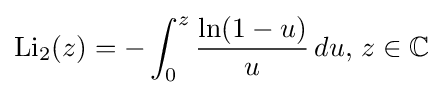
\operatorname {Li} _{2}(z)=-\int _{0}^{z}{\ln(1-u) \over u}\,du{\text{, }}z\in \mathbb {C}